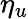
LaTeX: \eta_{u}